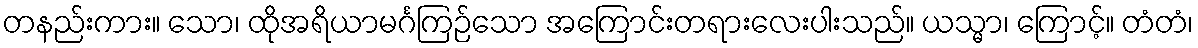
တနည်းကား။ သော၊ ထိုအရိယာမင်္ဂကြဉ်သော အကြောင်းတရားလေးပါးသည်။ ယသ္မာ၊ ကြောင့်။ တံတံ၊